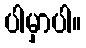
ပါမှာပါ။